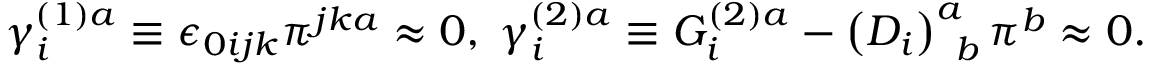
\gamma _ { i } ^ { ( 1 ) a } \equiv \epsilon _ { 0 i j k } \pi ^ { j k a } \approx 0 , \; \gamma _ { i } ^ { ( 2 ) a } \equiv G _ { i } ^ { ( 2 ) a } - \left( D _ { i } \right) _ { \; \; b } ^ { a } \pi ^ { b } \approx 0 .